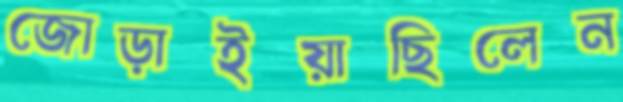
জোড়াইয়াছিলেন